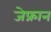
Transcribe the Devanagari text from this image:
जेफ्रान